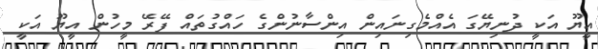
އީޔޫ އަކީ ދުނިޔޭގަ އެއްމެގިނައިން އިންސާނުންގެ ހައްގުތައް ފޭރޭ މީހުން އީޔޫ އަކީ